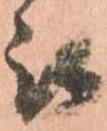
被